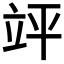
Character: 𮄪